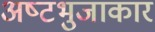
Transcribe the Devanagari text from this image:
अष्‍टभुजाकार